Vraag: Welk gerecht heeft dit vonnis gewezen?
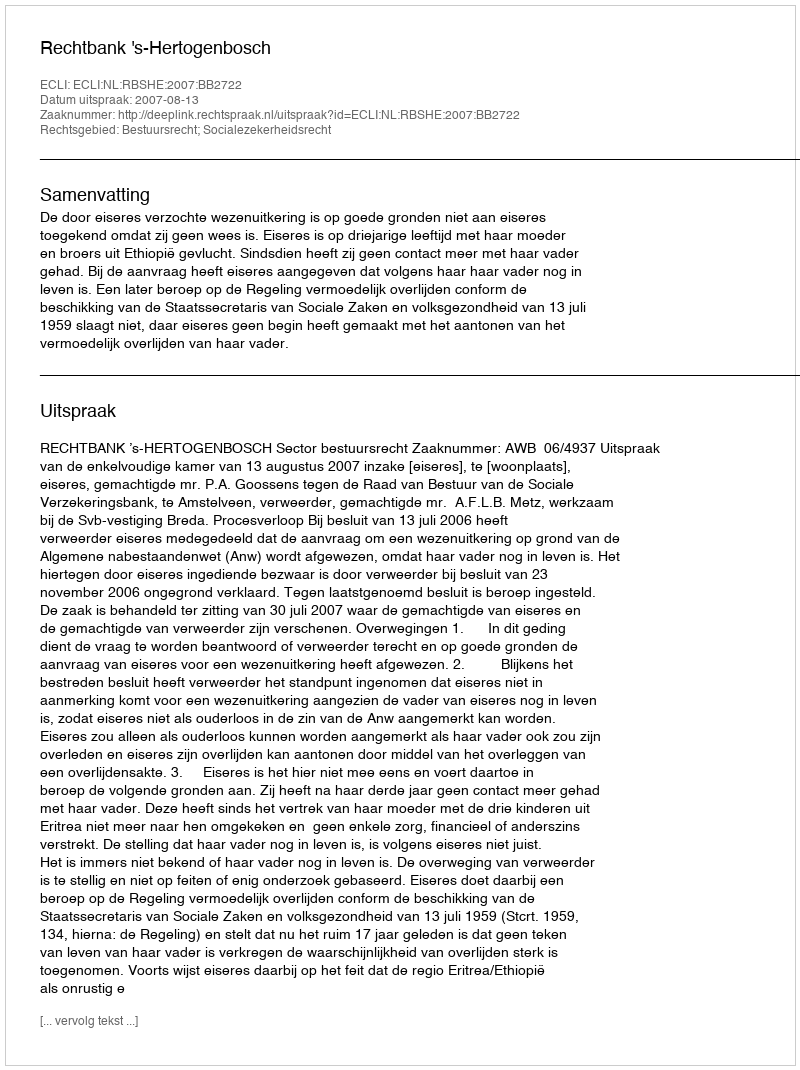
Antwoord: Rechtbank 's-Hertogenbosch